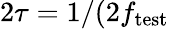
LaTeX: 2\tau=1/(2f_{\mathrm{test}}